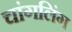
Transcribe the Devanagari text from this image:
चांगलिंग